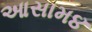
આસામ૪